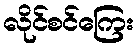
လိုင်စင်ကြေး